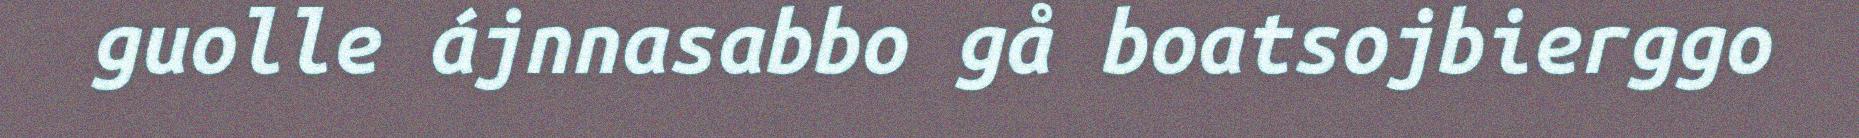
guolle ájnnasabbo gå boatsojbierggo